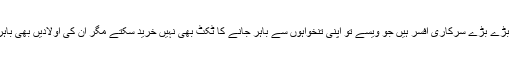
ان میں 1325 بڑے بڑے سرکاری افسر ہیں جو ویسے تو اپنی تنخواہوں سے باہر جانے کا ٹکٹ بھی نہیں خرید سکتے مگر ان کی اولادیں بھی باہر پڑھ رہی ہیں۔